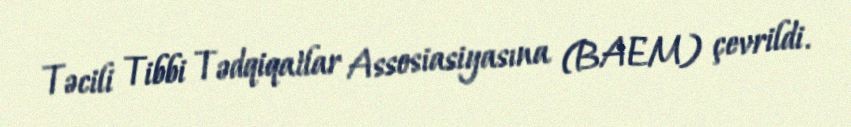
Təcili Tibbi Tədqiqatlar Assosiasiyasına (BAEM) çevrildi.